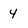
Character: 4